Report of the King Institute of Preventive Medicine, Guindy
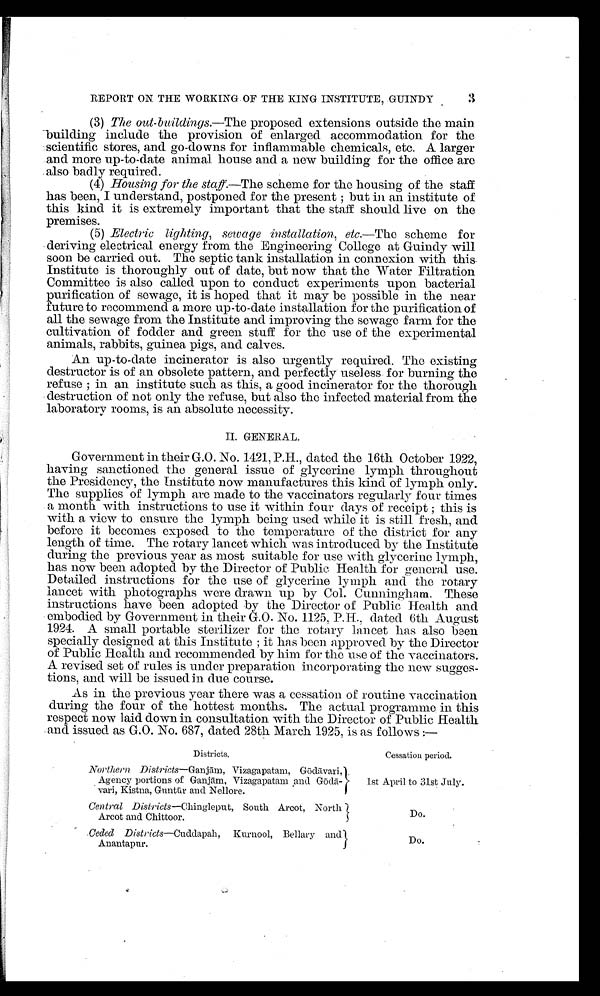
3
REPORT ON THE WORKING OF THE KING INSTITUTE, GUINDY
(3)
The out-buildings.— The proposed extensions outside the main
building include the provision of enlarged accommodation for the
scientific stores, and go-downs for inflammable chemicals, etc. A larger
and more up-to-date animal house and a new building for the office are
also badly required.
(4)
Housing for the staff.— The scheme for the housing of the staff
has been, I understand, postponed for the present ; but in an institute of
this kind it is extremely important that the staff should live on the
premises.
(5)
Electric lighting, sewage installation, etc .—The scheme for
deriving electrical energy from the Engineering College at Guindy will
soon be carried out. The septic tank installation in connexion with this.
Institute is thoroughly out of date, but now that the Water Filtration
Committee is also called upon to conduct experiments upon bacterial
purification of sewage, it is hoped that it may be possible in the near
future to recommend a more up-to-date installation for the purification of
all the sewage from the Institute and improving the sewage farm for the
cultivation of fodder and green stuff for the use of the experimental
animals, rabbits, guinea pigs, and calves.
An up-to-date incinerator is also urgently required. The existing
destructor is of an obsolete pattern, and perfectly useless, for burning the
refuse ; in an institute such as this, a good incinerator for the thorough
destruction of not only the refuse, but also the infected material from the
laboratory rooms, is an absolute necessity.
II. GENERAL.
Government in their G.O. No. 1421, P.H., dated the 16th October 1922,
having sanctioned the general issue of glycerine lymph throughout
the Presidency, the Institute now manufactures this kind of lymph only.
The supplies of lymph are made to the vaccinators regularly four times
a month with instructions to use it within four days of receipt ; this is
with a view to ensure the lymph being used while it is still fresh, and
before it becomes exposed to the temperature of the district for any
length of time. The rotary lancet which was introduced by the Institute
during the previous year as most suitable for use with glycerine lymph,
has now been adopted by the Director of Public Health for general use.
Detailed instructions for the use of glycerine lymph and the rotary
lancet with photographs were drawn up by Col. Cunningham. These
instructions have been adopted by the Director of Public Health and
embodied by Government in their G.O. No. 1125, P.H., dated 6th August
1924. A small portable sterilizer for the rotary lancet has also been
specially designed at this Institute ; it has been approved by the Director
of Public Health and recommended by him for the use of the vaccinators.
A revised set of rules is under preparation incorporating the new sugges--
tions, and will be issued in due course.
As in the previous year there was a cessation of routine vaccination
during the four of the hottest months. The actual programme in this
respect now laid down in consultation with the Director of Public Health
and issued as G.O. No. 687, dated 28th March 1925, is as follows
Districts.
Cessation period.
Northern Districts —Ganj ām, Vizagapatarn,Gō dā vari,
Agency portions of Ganj ā m, Vizagapatam and G ōdā-
vari, Kistna, Guntür and Nellore.
1st April to 31st July.
Central Districts —Chingleput, South Arcot, North
Arcot and Chittoor.
Do.
Ceded Districts— Cuddapah, Kurnool, Bellary and
Anantapur.
Do.